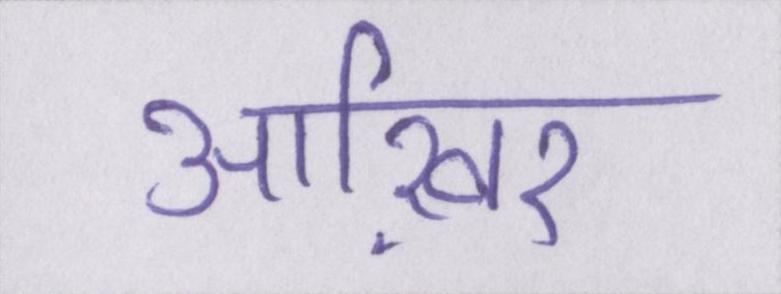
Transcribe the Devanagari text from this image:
आख़िर